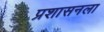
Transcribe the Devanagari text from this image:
प्रशासनला